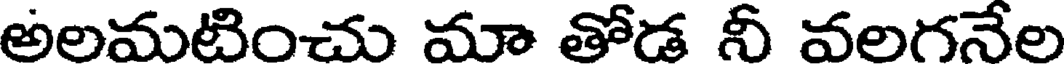
అలమటించు మా తోడ నీ వలగనేల